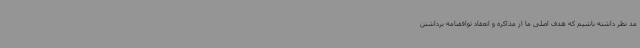
مد نظر داشته باشیم که هدف اصلی ما از مذاکره و انعقاد توافقنامه برداشتن